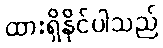
ထားရှိနိုင်ပါသည်